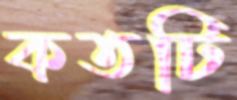
কতটি